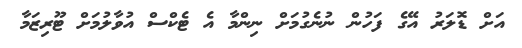
އަށް ޑޮލަރު އޭގެ ފަހުން ނުނެގުމަށް ނިންމާ އެ ޓެކްސް އުވާލުމަށް ޓޫރިޒަމާ